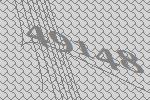
49148